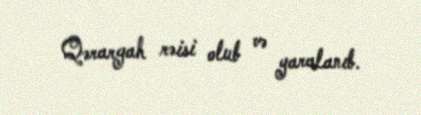
Qərargah rəisi olub və yaralanıb.